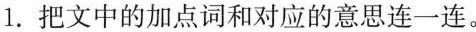
1. 把文中的加点词和对应的意思连一连。